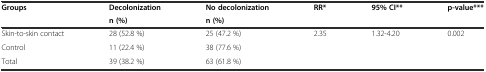
| <ROWSPAN=2> Groups | Decolonization | No decolonization | RR* | 95% CI** | p-value*** |
 | n (%) | n (%) |  |  |  |
 | --- | --- | --- | --- | --- | --- |
 | Skin-to-skin contact | 28 (52.8 %) | 25 (47.2 %) | 2.35 | 1.32-4.20 | 0.002 |
 | Control | 11 (22.4 %) | 38 (77.6 %) |  |  |  |
 | Total | 39 (38.2 %) | 63 (61.8 %) |  |  |  |